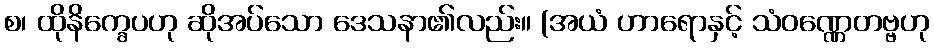
စ၊ ထိုနိက္ခေပဟု ဆိုအပ်သော ဒေသနာ၏လည်း။ (အယံ ဟာရောနှင့် သံဝဏ္ဏေတဗ္ဗဟု